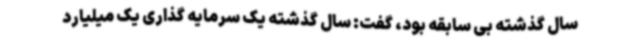
سال گذشته بی سابقه بود، گفت: سال گذشته یک سرمایه گذاری یک میلیارد